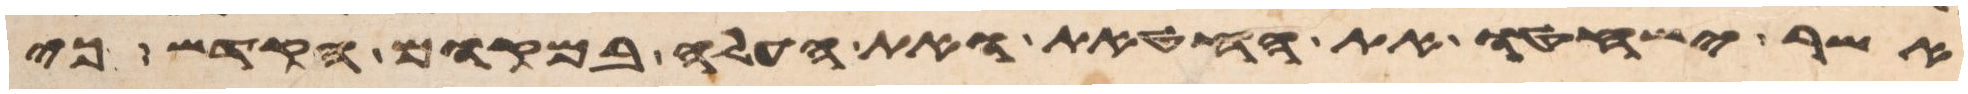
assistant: אשר ישחטו את החטאת ואת העלה במקום הקדש כי